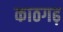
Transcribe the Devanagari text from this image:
काठगढ़